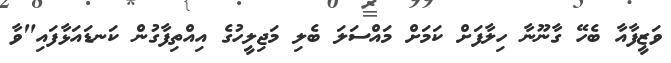
ވަޒީފާއާ ބެހޭ ގާނޫނާ ހިލާފަށް ކަމަށް މައްސަލަ ބެލި މަޖިލީހުގެ އިއްތިފާގުން ކަނޑައަޅާފައި"ވާ